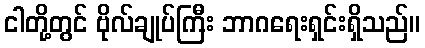
ငါတို့တွင် ဗိုလ်ချုပ်ကြီး ဘာဂရေးရှင်းရှိသည်။